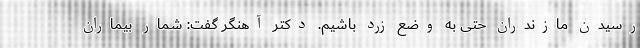
رسیدن مازندران حتی به وضع زرد باشیم. دکتر آهنگر گفت: شمار بیماران